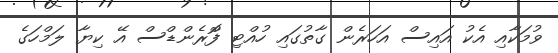
ވުމަކާއި އެކު އައިސް އަހަރެން ގާތުގައި ހުއްޓި ފްޮރެންޑްސް އޭ ކިޔާ ލަމްހަގެ